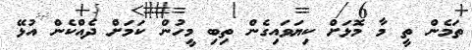
ތަމެން ތީ މާ މޮޅަށް ކިޔަވައިގެން ތިބި މީހުން ކަމަށް ދެއްކެން އުޅޭ